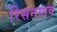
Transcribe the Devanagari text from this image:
रिसनगाव